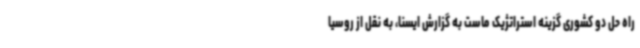
راه حل دو کشوری گزینه استراتژیک ماست به گزارش ایسنا، به نقل از روسیا